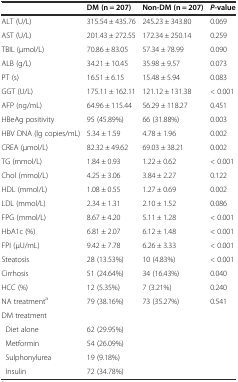
<table><thead><tr><td></td><td><b>DM (n = 207)</b></td><td><b>Non-DM (n = 207)</b></td><td><b><i>P</i>-value</b></td></tr></thead><tbody><tr><td>ALT (U/L)</td><td>315.54 ± 435.76</td><td>245.23 ± 343.80</td><td>0.069</td></tr><tr><td>AST (U/L)</td><td>201.43 ± 272.55</td><td>172.34 ± 250.14</td><td>0.259</td></tr><tr><td>TBIL (μmol/L)</td><td>70.86 ± 83.05</td><td>57.34 ± 78.99</td><td>0.090</td></tr><tr><td>ALB (g/L)</td><td>34.21 ± 10.45</td><td>35.98 ± 9.57</td><td>0.073</td></tr><tr><td>PT (s)</td><td>16.51 ± 6.15</td><td>15.48 ± 5.94</td><td>0.083</td></tr><tr><td>GGT (U/L)</td><td>175.11 ± 162.11</td><td>121.12 ± 131.38</td><td>&lt; 0.001</td></tr><tr><td>AFP (ng/mL)</td><td>64.96 ± 115.44</td><td>56.29 ± 118.27</td><td>0.451</td></tr><tr><td>HBeAg positivity</td><td>95 (45.89%)</td><td>66 (31.88%)</td><td>0.003</td></tr><tr><td>HBV DNA (lg copies/mL)</td><td>5.34 ± 1.59</td><td>4.78 ± 1.96</td><td>0.002</td></tr><tr><td>CREA (μmol/L)</td><td>82.32 ± 49.62</td><td>69.03 ± 38.21</td><td>0.002</td></tr><tr><td>TG (mmol/L)</td><td>1.84 ± 0.93</td><td>1.22 ± 0.62</td><td>&lt; 0.001</td></tr><tr><td>Chol (mmol/L)</td><td>4.25 ± 3.06</td><td>3.84 ± 2.27</td><td>0.122</td></tr><tr><td>HDL (mmol/L)</td><td>1.08 ± 0.55</td><td>1.27 ± 0.69</td><td>0.002</td></tr><tr><td>LDL (mmol/L)</td><td>2.34 ± 1.31</td><td>2.10 ± 1.52</td><td>0.086</td></tr><tr><td>FPG (mmol/L)</td><td>8.67 ± 4.20</td><td>5.11 ± 1.28</td><td>&lt; 0.001</td></tr><tr><td>HbA1c (%)</td><td>6.81 ± 2.07</td><td>6.12 ± 1.48</td><td>&lt; 0.001</td></tr><tr><td>FPI (μU/mL)</td><td>9.42 ± 7.78</td><td>6.26 ± 3.33</td><td>&lt; 0.001</td></tr><tr><td>Steatosis</td><td>28 (13.53%)</td><td>10 (4.83%)</td><td>&lt; 0.001</td></tr><tr><td>Cirrhosis</td><td>51 (24.64%)</td><td>34 (16.43%)</td><td>0.040</td></tr><tr><td>HCC (%)</td><td>12 (5.35%)</td><td>7 (3.21%)</td><td>0.240</td></tr><tr><td>NA treatment<sup>a</sup></td><td>79 (38.16%)</td><td>73 (35.27%)</td><td>0.541</td></tr><tr><td colspan="4">DM treatment</td></tr><tr><td> Diet alone</td><td>62 (29.95%)</td><td></td><td></td></tr><tr><td> Metformin</td><td>54 (26.09%)</td><td></td><td></td></tr><tr><td> Sulphonylurea</td><td>19 (9.18%)</td><td></td><td></td></tr><tr><td> Insulin</td><td>72 (34.78%)</td><td></td><td></td></tr></tbody></table>